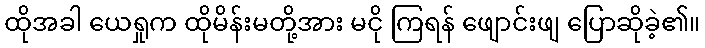
ထိုအခါ ယေရှုက ထိုမိန်းမတို့အား မငို ကြရန် ဖျောင်းဖျ ပြောဆိုခဲ့၏။